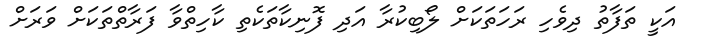
އަކީ ތަފާތު ދިވެހި ރަހަތަކަށް ލޯބިކުރާ އަދި ފޮނިކާތަކެތި ކާހިތްވާ ފަރާތްތަކަށް ވަރަށް